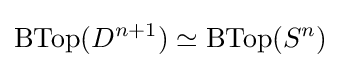
\operatorname {BTop} (D^{n+1})\simeq \operatorname {BTop} (S^{n})